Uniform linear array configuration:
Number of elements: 48
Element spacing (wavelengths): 1
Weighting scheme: uniform
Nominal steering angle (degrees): -30
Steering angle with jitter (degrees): -30.228
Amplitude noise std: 0.05
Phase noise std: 0.05

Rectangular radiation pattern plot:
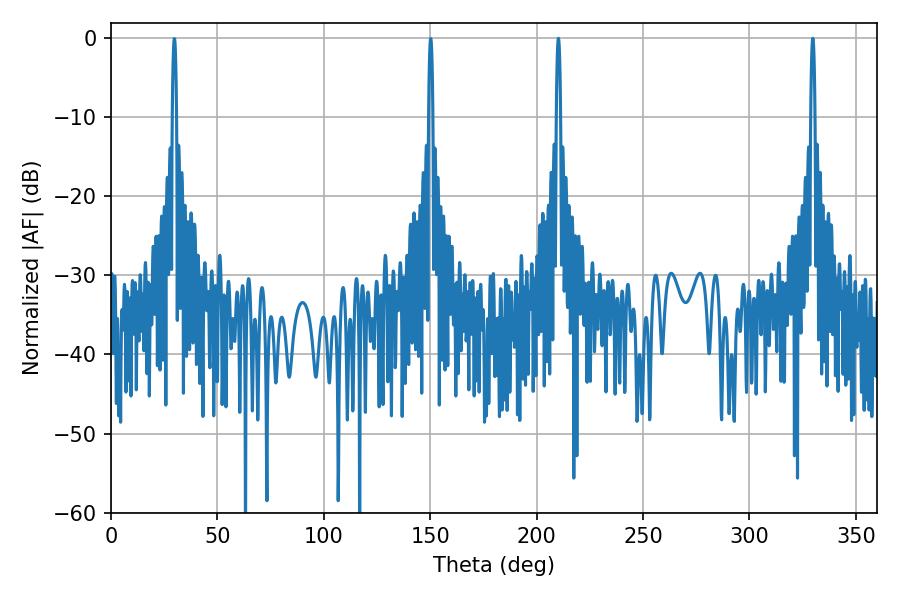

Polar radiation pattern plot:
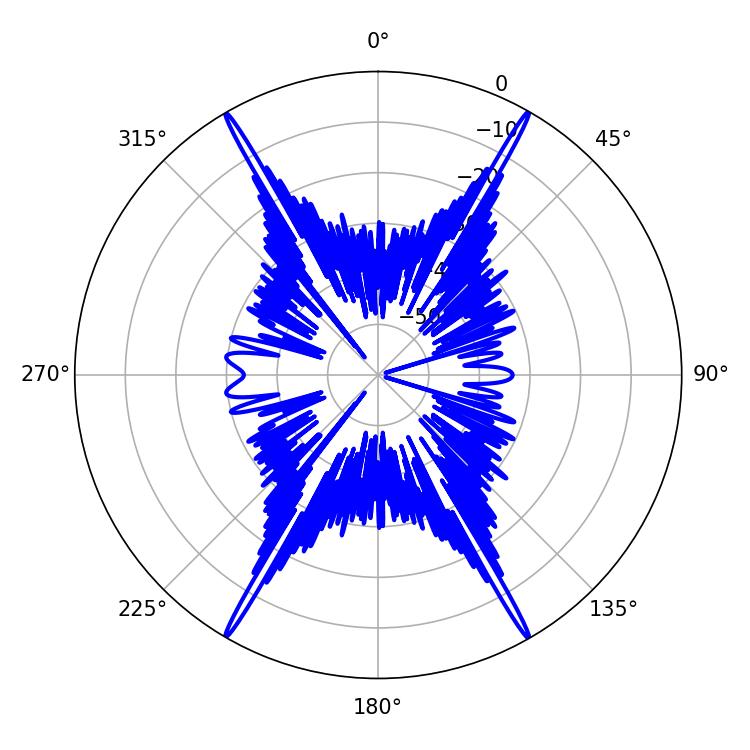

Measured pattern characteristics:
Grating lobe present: TRUE
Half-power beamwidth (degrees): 1.08
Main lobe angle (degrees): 210.24